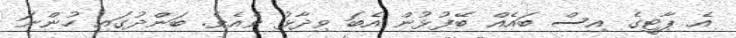
އެ ޕާޓީގެ އިސް ބައެއް ބޭފުޅުން އެބަ ވިދާޅު ވެއެވެ. ބަންދުގައި ހުންނަ